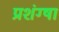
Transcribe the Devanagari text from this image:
प्रशंग्षा